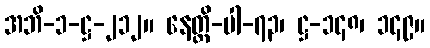
အဘိ-၁-ဋ္ဌ-၂၁၂။ နေတ္တိ-ပါ-၇၃၊ ဋ္ဌ-၁၄၈၊ ၁၄၉။